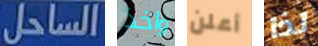
الساحل واخذ أعلن لذا